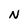
Character: N